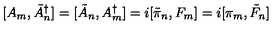
[ A _ { m } , \tilde { A } _ { n } ^ { \dagger } ] = [ \tilde { A } _ { n } , A _ { m } ^ { \dagger } ] = i [ \tilde { \pi } _ { n } , F _ { m } ] = i [ \pi _ { m } , \tilde { F } _ { n } ]